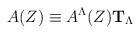
LaTeX: \begin{align*}A(Z) \equiv A^\Lambda(Z) {\bf T}_\Lambda\,\end{align*}